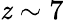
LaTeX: \mathit{z}\sim7